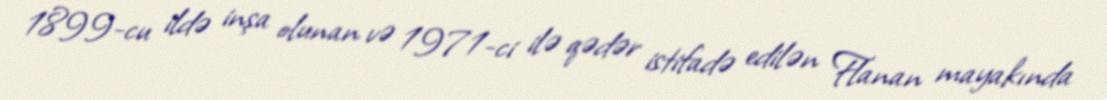
1899-cu ildə inşa olunan və 1971-ci ilə qədər istifadə edilən Flanan mayakında